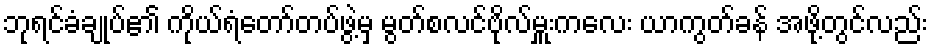
ဘုရင်ခံချုပ်၏ ကိုယ်ရံတော်တပ်ဖွဲ့မှ မွတ်စလင်ဗိုလ်မှူးကလေး ယာကွတ်ခန် အဖို့တွင်လည်း